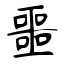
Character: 噩